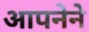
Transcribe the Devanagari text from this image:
आपनेने